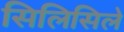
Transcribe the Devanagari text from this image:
सिलिसिले